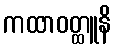
ကထာဝတ္ထူနိ